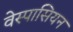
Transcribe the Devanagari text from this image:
वेस्पासियन